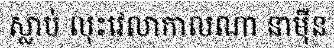
ស្លាប់ លុះវេលាកាលណា នាម៉ឺន